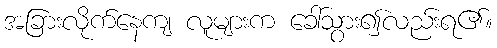
အခြားလိုက်နေကျ လူများက ခေါ်သွား၍လည်းရ၏။